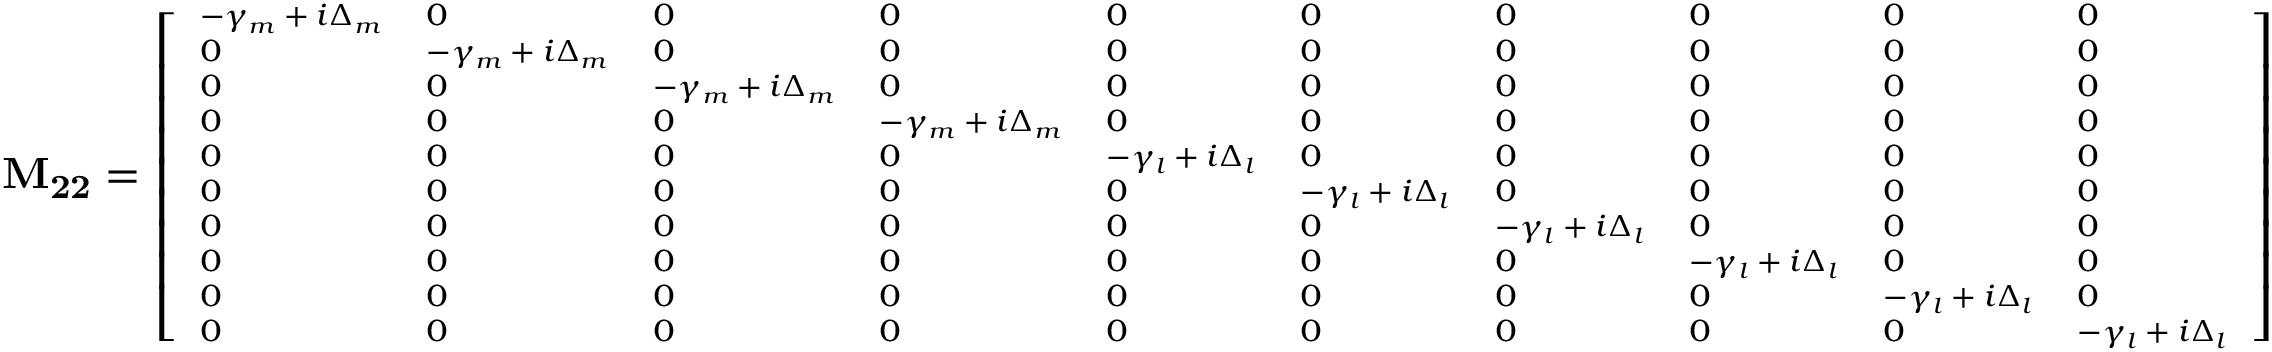
\mathbf { M _ { 2 2 } } = \scriptsize { \left[ \begin{array} { l l l l l l l l l l } { - \gamma _ { m } + i \Delta _ { m } } & { 0 } & { 0 } & { 0 } & { 0 } & { 0 } & { 0 } & { 0 } & { 0 } & { 0 } \\ { 0 } & { - \gamma _ { m } + i \Delta _ { m } } & { 0 } & { 0 } & { 0 } & { 0 } & { 0 } & { 0 } & { 0 } & { 0 } \\ { 0 } & { 0 } & { - \gamma _ { m } + i \Delta _ { m } } & { 0 } & { 0 } & { 0 } & { 0 } & { 0 } & { 0 } & { 0 } \\ { 0 } & { 0 } & { 0 } & { - \gamma _ { m } + i \Delta _ { m } } & { 0 } & { 0 } & { 0 } & { 0 } & { 0 } & { 0 } \\ { 0 } & { 0 } & { 0 } & { 0 } & { - \gamma _ { l } + i \Delta _ { l } } & { 0 } & { 0 } & { 0 } & { 0 } & { 0 } \\ { 0 } & { 0 } & { 0 } & { 0 } & { 0 } & { - \gamma _ { l } + i \Delta _ { l } } & { 0 } & { 0 } & { 0 } & { 0 } \\ { 0 } & { 0 } & { 0 } & { 0 } & { 0 } & { 0 } & { - \gamma _ { l } + i \Delta _ { l } } & { 0 } & { 0 } & { 0 } \\ { 0 } & { 0 } & { 0 } & { 0 } & { 0 } & { 0 } & { 0 } & { - \gamma _ { l } + i \Delta _ { l } } & { 0 } & { 0 } \\ { 0 } & { 0 } & { 0 } & { 0 } & { 0 } & { 0 } & { 0 } & { 0 } & { - \gamma _ { l } + i \Delta _ { l } } & { 0 } \\ { 0 } & { 0 } & { 0 } & { 0 } & { 0 } & { 0 } & { 0 } & { 0 } & { 0 } & { - \gamma _ { l } + i \Delta _ { l } } \end{array} \right] }